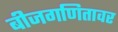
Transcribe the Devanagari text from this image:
बीजगणितावर